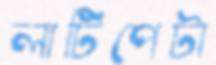
লাটিপেটা